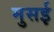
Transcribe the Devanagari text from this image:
मुसई